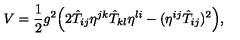
V = \frac { 1 } { 2 } g ^ { 2 } \Bigr ( 2 \hat { T } _ { i j } \eta ^ { j k } \hat { T } _ { k l } \eta ^ { l i } - ( \eta ^ { i j } \hat { T } _ { i j } ) ^ { 2 } \Bigr ) ,